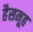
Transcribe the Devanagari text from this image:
हैसमूह